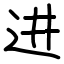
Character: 进